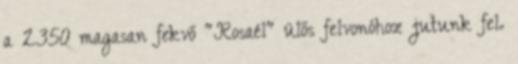
a 2350 magasan fekvő "Rosaél" ülős felvonóhoz jutunk fel.